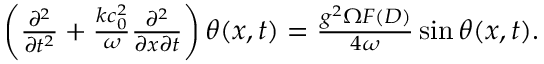
\begin{array} { r } { \left( \frac { \partial ^ { 2 } } { \partial t ^ { 2 } } + \frac { k c _ { 0 } ^ { 2 } } { \omega } \frac { \partial ^ { 2 } } { \partial x \partial t } \right) \theta ( x , t ) = \frac { g ^ { 2 } \Omega F ( D ) } { 4 \omega } \sin \theta ( x , t ) . } \end{array}